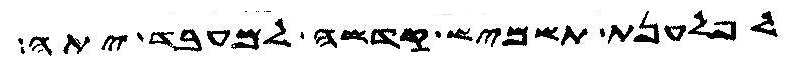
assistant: לפלענת תשמיש קדשה למעבד יתה